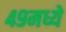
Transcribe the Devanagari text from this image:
४९मध्ये